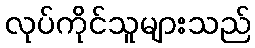
လုပ်ကိုင်သူများသည်